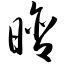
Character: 晗